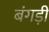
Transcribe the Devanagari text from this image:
बंगड़ी